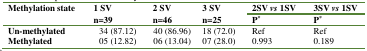
| Methylation state | <ROWSPAN=2> 1 SVn=39 | <ROWSPAN=2> 2 SVn=46 | <ROWSPAN=2> 3 SVn=25 | 2SV vs 1SV | 3SV vs 1SV |
 |  | P* | P* |
 | --- | --- | --- | --- | --- | --- |
 | Un-methylated | 34 (87.12) | 40 (86.96) | 18 (72.0) | Ref | Ref |
 | Methylated | 05 (12.82) | 06 (13.04) | 07 (28.0) | 0.993 | 0.189 |